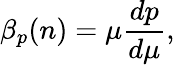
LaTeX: \beta_{p}(n)=\mu\frac{dp}{d\mu},